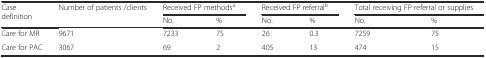
<table><thead><tr><td rowspan="2"><b>Case definition</b></td><td><b>Number of patients /clients</b></td><td colspan="2"><b>Received FP methods<sup>a</sup></b></td><td colspan="2"><b>Received FP referral<sup>b</sup></b></td><td colspan="2"><b>Total receiving FP referral or supplies</b></td></tr><tr><td></td><td><b>No.</b></td><td><b>%</b></td><td><b>No.</b></td><td><b>%</b></td><td><b>No.</b></td><td><b>%</b></td></tr></thead><tbody><tr><td>Care for MR</td><td>9671</td><td>7233</td><td>75</td><td>26</td><td>0.3</td><td>7259</td><td>75</td></tr><tr><td>Care for PAC</td><td>3067</td><td>69</td><td>2</td><td>405</td><td>13</td><td>474</td><td>15</td></tr></tbody></table>